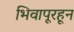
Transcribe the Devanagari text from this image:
भिवापूरहून